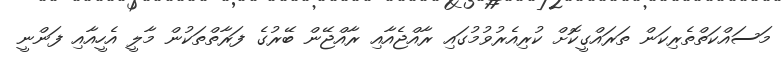
މަސައްކަތްތެރިކަން ތަރައްގީކޮށް ކުރިއެރުވުމުގައި ރާއްޖެއާއި ރާއްޖޭން ބޭރުގެ ފަރާތްތަކުން މާލީ އެހީއާއި ފަންނީ